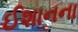
ઈશાનના